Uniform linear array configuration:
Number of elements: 16
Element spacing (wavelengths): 0.5
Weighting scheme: uniform
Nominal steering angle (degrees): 30
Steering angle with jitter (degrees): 29.973
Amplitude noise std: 0.05
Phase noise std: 0.05

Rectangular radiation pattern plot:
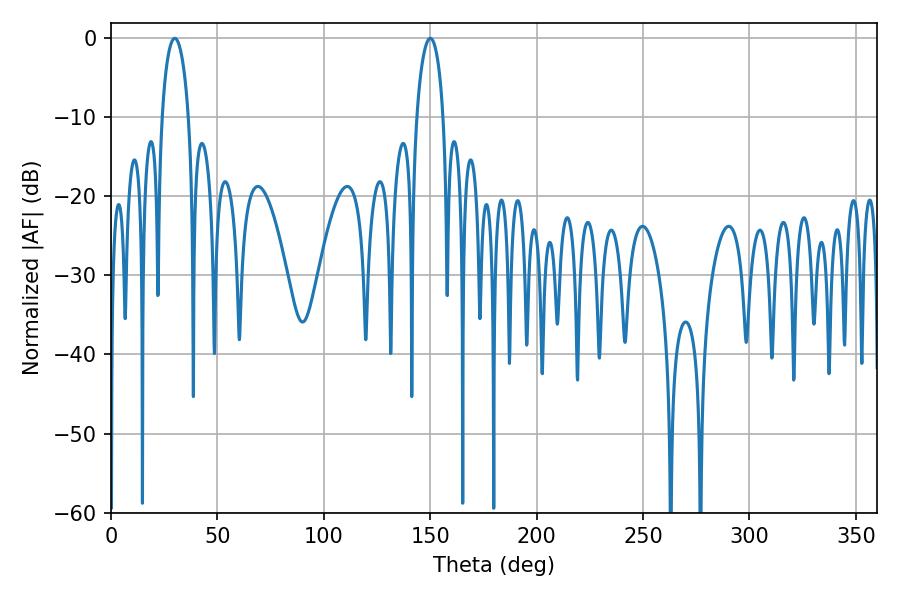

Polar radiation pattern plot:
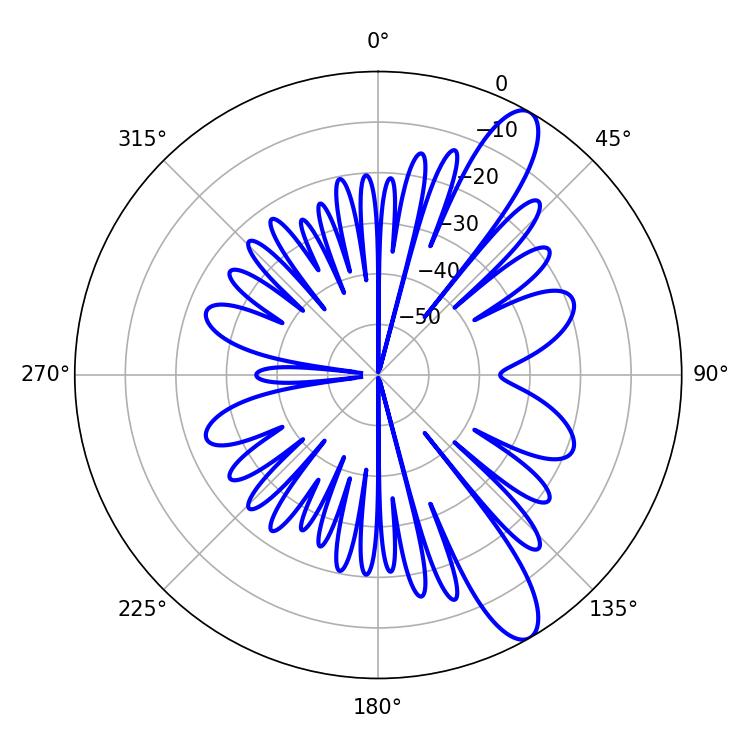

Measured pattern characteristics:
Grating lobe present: FALSE
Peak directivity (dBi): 11.458
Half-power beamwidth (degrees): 7.2
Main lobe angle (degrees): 150.12